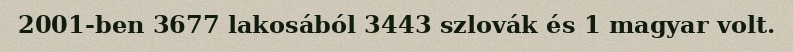
2001-ben 3677 lakosából 3443 szlovák és 1 magyar volt.